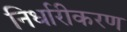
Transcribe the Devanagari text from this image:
निर्धारीकरण